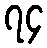
၇၄